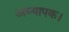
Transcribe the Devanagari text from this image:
अध्यापक।